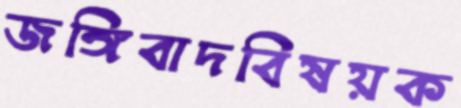
জঙ্গিবাদবিষয়ক